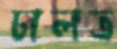
ঢালত